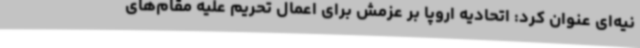
نیه‌ای عنوان کرد: اتحادیه اروپا بر عزمش برای اعمال تحریم علیه مقام‌های